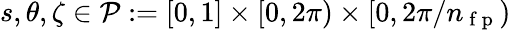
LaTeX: s,\theta,\zeta\in\mathcal{P}:=[0,1]\times[0,2\pi)\times[0,2\pi/n_{\mathrm{~f~p~}})